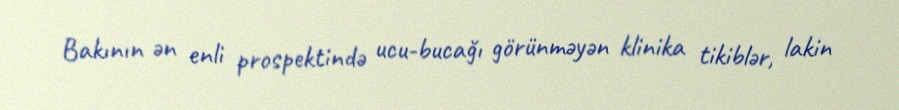
Bakının ən enli prospektində ucu-bucağı görünməyən klinika tikiblər, lakin